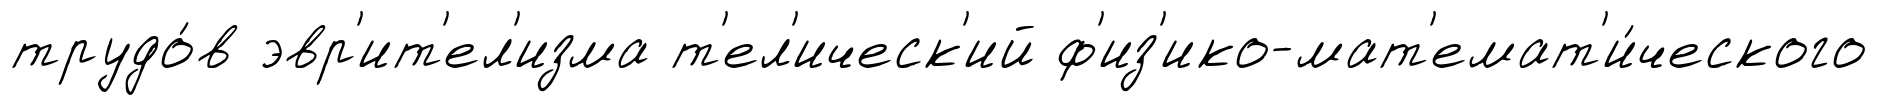
трудо́в эвр'ит'ел'изма т'ел'ическ'ий ф'из'ико-мат'емат'и́ческого